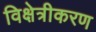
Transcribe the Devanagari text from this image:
विक्षेत्रीकरण